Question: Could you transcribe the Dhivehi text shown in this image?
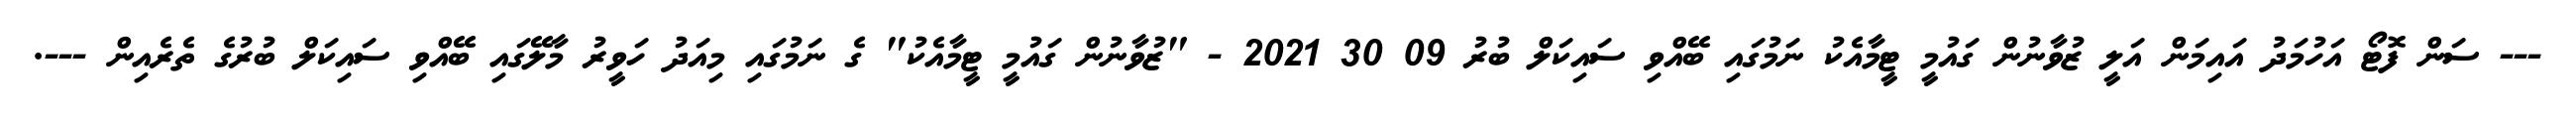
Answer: --- ސަން ފޮޓޯ އަހުމަދު އައިމަން އަލީ ޒުވާނުން ގައުމީ ޓީމާއެކު ނަމުގައި ބޭއްވި ސައިކަލް ބުރު 09 30 2021 - "ޒުވާނުން ގައުމީ ޓީމާއެކު" ގެ ނަމުގައި މިއަދު ހަވީރު މާލޭގައި ބޭއްވި ސައިކަލް ބުރުގެ ތެރެއިން ---.